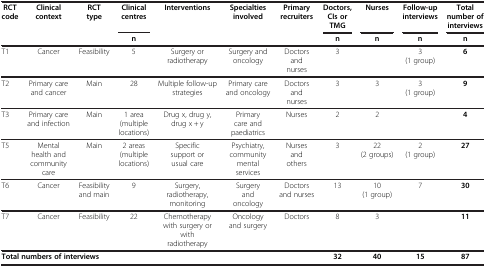
<table><thead><tr><td rowspan="2"><b>RCT code</b></td><td rowspan="2"><b>Clinical context</b></td><td rowspan="2"><b>RCT type</b></td><td><b>Clinical centres</b></td><td rowspan="2"><b>Interventions</b></td><td rowspan="2"><b>Specialties involved</b></td><td rowspan="2"><b>Primary recruiters</b></td><td><b>Doctors, CIs or TMG</b></td><td><b>Nurses</b></td><td><b>Follow-up interviews</b></td><td><b>Total number of interviews</b></td></tr><tr><td><b>n</b></td><td><b>n</b></td><td><b>n</b></td><td><b>n</b></td><td><b>n</b></td></tr></thead><tbody><tr><td>T1</td><td>Cancer</td><td>Feasibility</td><td>5</td><td>Surgery or radiotherapy</td><td>Surgery and oncology</td><td>Doctors and nurses</td><td>3</td><td> </td><td>3 (1 group)</td><td><b>6</b></td></tr><tr><td>T2</td><td>Primary care and cancer</td><td>Main</td><td>28</td><td>Multiple follow-up strategies</td><td>Primary care and oncology</td><td>Doctors and nurses</td><td>3</td><td>3</td><td>3 (1 group)</td><td><b>9</b></td></tr><tr><td>T3</td><td>Primary care and infection</td><td>Main</td><td>1 area (multiple locations)</td><td>Drug x, drug y, drug x + y</td><td>Primary care and paediatrics</td><td>Nurses</td><td>2</td><td>2</td><td> </td><td><b>4</b></td></tr><tr><td>T5</td><td>Mental health and community care</td><td>Main</td><td>2 areas (multiple locations)</td><td>Specific support or usual care</td><td>Psychiatry, community mental services</td><td>Nurses and others</td><td>3</td><td>22 (2 groups)</td><td>2 (1 group)</td><td><b>27</b></td></tr><tr><td>T6</td><td>Cancer</td><td>Feasibility and main</td><td>9</td><td>Surgery, radiotherapy, monitoring</td><td>Surgery and oncology</td><td>Doctors and nurses</td><td>13</td><td>10 (1 group)</td><td>7</td><td><b>30</b></td></tr><tr><td>T7</td><td>Cancer</td><td>Feasibility</td><td>22</td><td>Chemotherapy with surgery or with radiotherapy</td><td>Oncology and surgery</td><td>Doctors</td><td>8</td><td>3</td><td> </td><td><b>11</b></td></tr><tr><td colspan="7"><b>Total numbers of interviews</b></td><td><b>32</b></td><td><b>40</b></td><td><b>15</b></td><td><b>87</b></td></tr></tbody></table>